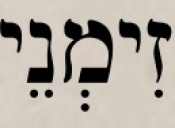
זִימְנֵי